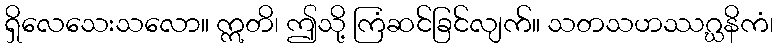
ရှိလေသေးသလော။ ဣတိ၊ ဤသို့ ကြံဆင်ခြင်လျက်။ သတသဟဿဂ္ဃနိကံ၊